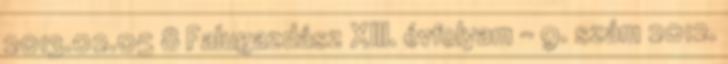
2013.02.05 8 Falugazdász XIII. évfolyam - 9. szám 2012.